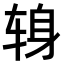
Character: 𫐍